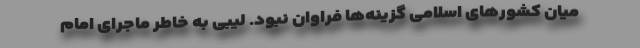
میان کشورهای اسلامی گزینه‌ها فراوان نبود. لیبی به خاطر ماجرای امام